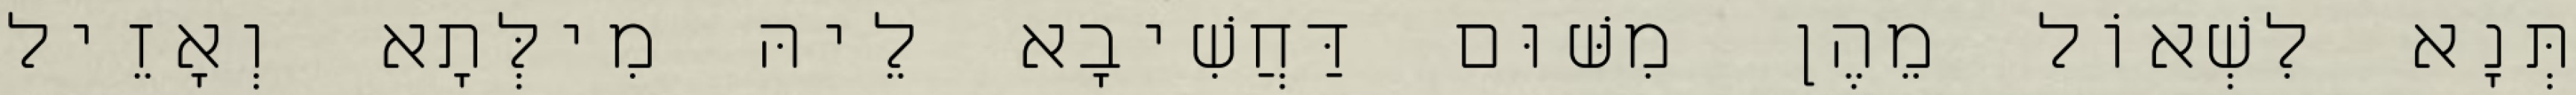
תְּנָא לִשְׁאוֹל מֵהֶן מִשּׁוּם דַּחֲשִׁיבָא לֵיהּ מִילְּתָא וְאָזֵיל